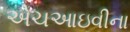
એચઆઇવીના